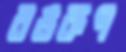
রঙরূপ